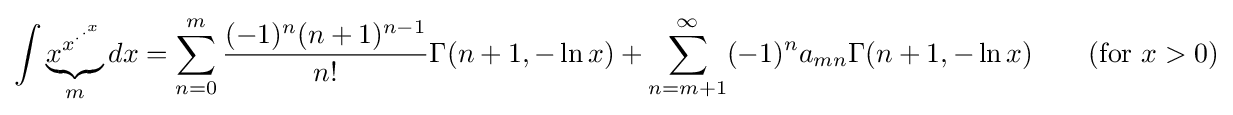
{\int \underbrace {x^{x^{\cdot ^{\cdot ^{x}}}}} _{m}dx=\sum _{n=0}^{m}{\frac {(-1)^{n}(n+1)^{n-1}}{n!}}\Gamma (n+1,-\ln x)+\sum _{n=m+1}^{\infty }(-1)^{n}a_{mn}\Gamma (n+1,-\ln x)\qquad {\text{(for }}x>0{\text{)}}}